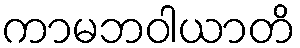
ကာမဘဝါယာတိ